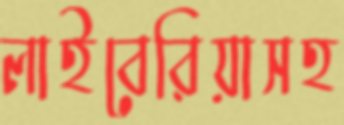
লাইবেরিয়াসহ